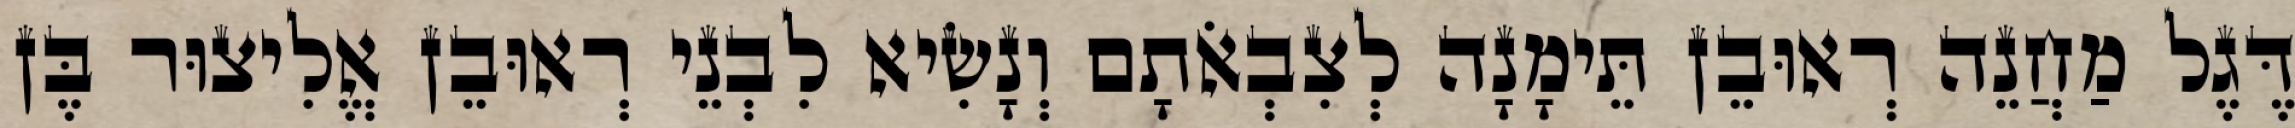
דֶּגֶל מַחֲנֵה רְאוּבֵן תֵּימָנָה לְצִבְאֹתָם וְנָשִׂיא לִבְנֵי רְאוּבֵן אֱלִיצוּר בֶּן